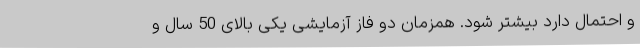
و احتمال دارد بیشتر شود. همزمان دو فاز آزمایشی یکی بالای 50 سال و